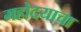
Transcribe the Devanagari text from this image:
महोदयाचा